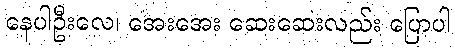
နေပါဦးလေ၊ အေးအေး ဆေးဆေးလည်း ပြောပါ